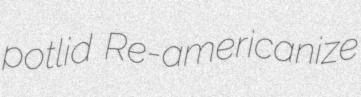
potlid Re-americanize